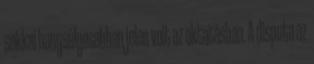
sokkal hangsúlyosabban jelen volt az oktatásban. A disputa az